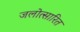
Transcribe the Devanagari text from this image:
जलोत्सारित